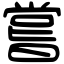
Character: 嘗